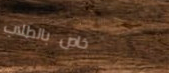
خاص بالطلاب